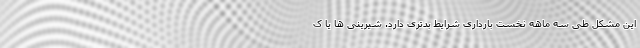
این مشکل طی سه ماهه نخست بارداری شرایط بدتری دارد. شیرینی ها یا ک